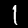
Digit: 1